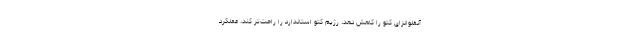
آنفلوانزای کتو را کاهش دهد، رژیم کتو استاندارد را راحت‌تر کند، عملکرد